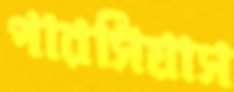
পারসিয়াস